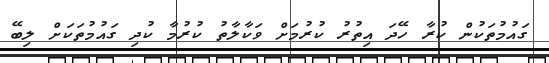
ގައުމުތަކުން ކުރާ ހޭދަ އިތުރު ކުރުމަށް ވަކާލާތު ކުރުމާ ކުދި ގައުމުތަކަށް ލިބޭ